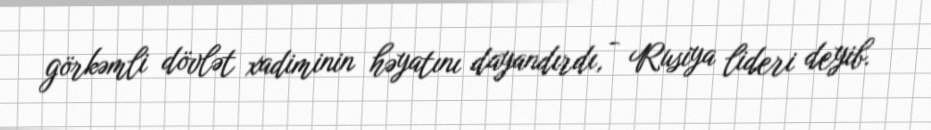
görkəmli dövlət xadiminin həyatını dayandırdı, - Rusiya lideri deyib.